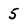
Character: 5